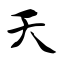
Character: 天